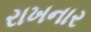
રાખનાર